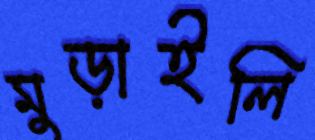
মুড়াইলি